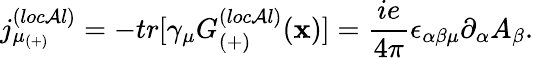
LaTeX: {j_{\mu_{(+)}}^{(loc\mathcal{A}l)}}=-tr[\gamma_{\mu}G_{(+)}^{(loc\mathcal{A}l)}(\mathbf{x})]=\frac{{ie}}{{4\pi}}\epsilon_{\alpha\beta\mu}\partial_{\alpha}A_{\beta}.